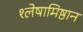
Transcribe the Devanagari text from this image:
श्लेषामिष्ठान